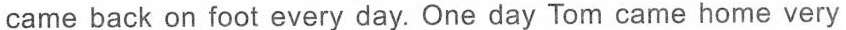
came back on foot every day. One day Tom came home very